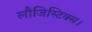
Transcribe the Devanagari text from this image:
लौजिस्टिक्स।